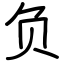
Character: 负